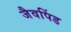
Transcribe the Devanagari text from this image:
जैवपिंड